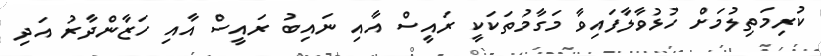
ކުރިމަތިލުމަށް ހުޅުވާލާފައިވާ މަގާމުތަކަކީ ރައީސް އާއި ނައިބު ރައީސް އާއި ހަޒާންދާރު އަދި